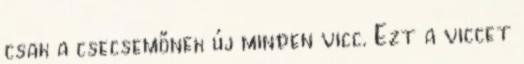
csak a csecsemőnek új minden vicc. Ezt a viccet